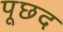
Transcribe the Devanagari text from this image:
पूछद